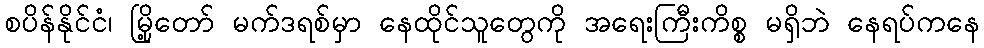
စပိန်နိုင်ငံ၊ မြို့တော် မက်ဒရစ်မှာ နေထိုင်သူတွေကို အရေးကြီးကိစ္စ မရှိဘဲ နေရပ်ကနေ